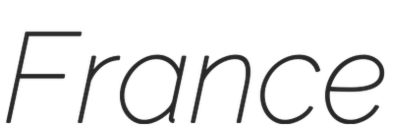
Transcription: France